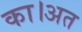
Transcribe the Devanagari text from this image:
का।अत